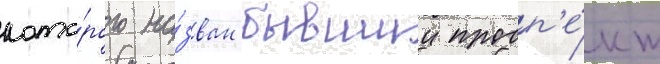
кото́рого на́зван бывшии просп'е́кт